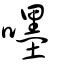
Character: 嚜